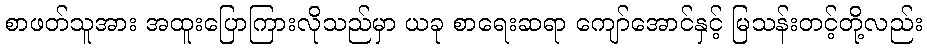
စာဖတ်သူအား အထူးပြောကြားလိုသည်မှာ ယခု စာရေးဆရာ ကျော်အောင်နှင့် မြသန်းတင့်တို့လည်း